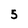
Character: 5